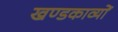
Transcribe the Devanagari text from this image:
खण्डकाव्यों